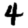
Digit: 4